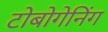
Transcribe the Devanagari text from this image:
टोबोगेनिंग